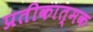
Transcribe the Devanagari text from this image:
प्रतीकात्‍मक